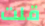
قلت